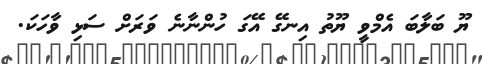
ޔޫ ބަލާބަ އެމްވީ ޔޫތު އިނގޭ އޭގަ ހުންނާނެ ވަރަށް ސަޅި ވާހަކަ.